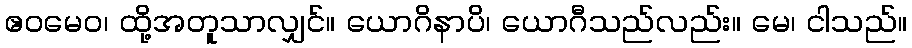
ဧဝမေဝ၊ ထို့အတူသာလျှင်။ ယောဂိနာပိ၊ ယောဂီသည်လည်း။ မေ၊ ငါသည်။